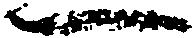
一